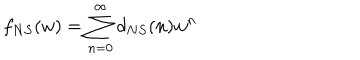
LaTeX: f _ { N S } ( w ) = \sum _ { n = 0 } ^ { \infty } d _ { N S } ( n ) w ^ { n }